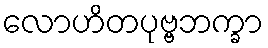
လောဟိတပုဗ္ဗဘက္ခာ